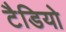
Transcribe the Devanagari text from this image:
टैडियो